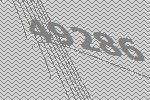
49286